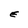
Character: E